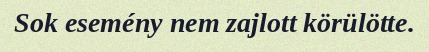
Sok esemény nem zajlott körülötte.